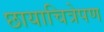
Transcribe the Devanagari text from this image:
छायाचित्रेपण